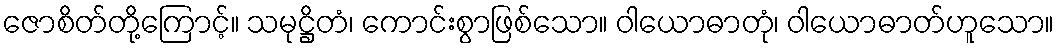
ဇောစိတ်တို့ကြောင့်။ သမုဋ္ဌိတံ၊ ကောင်းစွာဖြစ်သော။ ဝါယောဓာတုံ၊ ဝါယောဓာတ်ဟူသော။